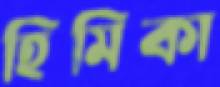
হিমিকা